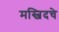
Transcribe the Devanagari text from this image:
मस्जिदचे